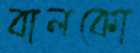
বালকো